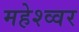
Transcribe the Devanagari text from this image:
महेश्व्वर